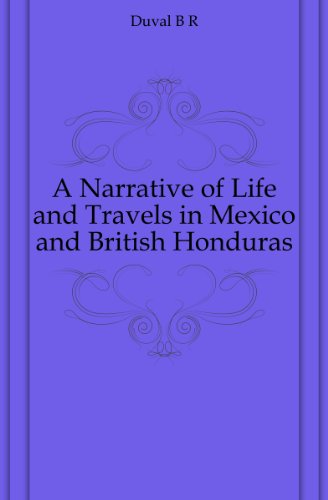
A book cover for A Narrative of Life and Travels in Mexico and British Honduras; Duval B R; Travel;